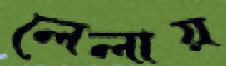
লেলায়